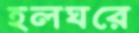
হলঘরে